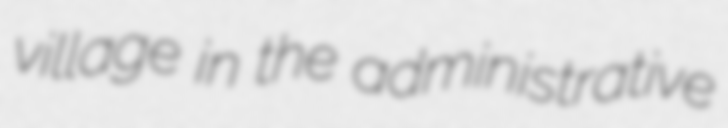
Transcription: village in the administrative